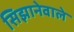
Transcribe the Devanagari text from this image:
सिझानेवाले